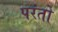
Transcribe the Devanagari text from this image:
परंतो